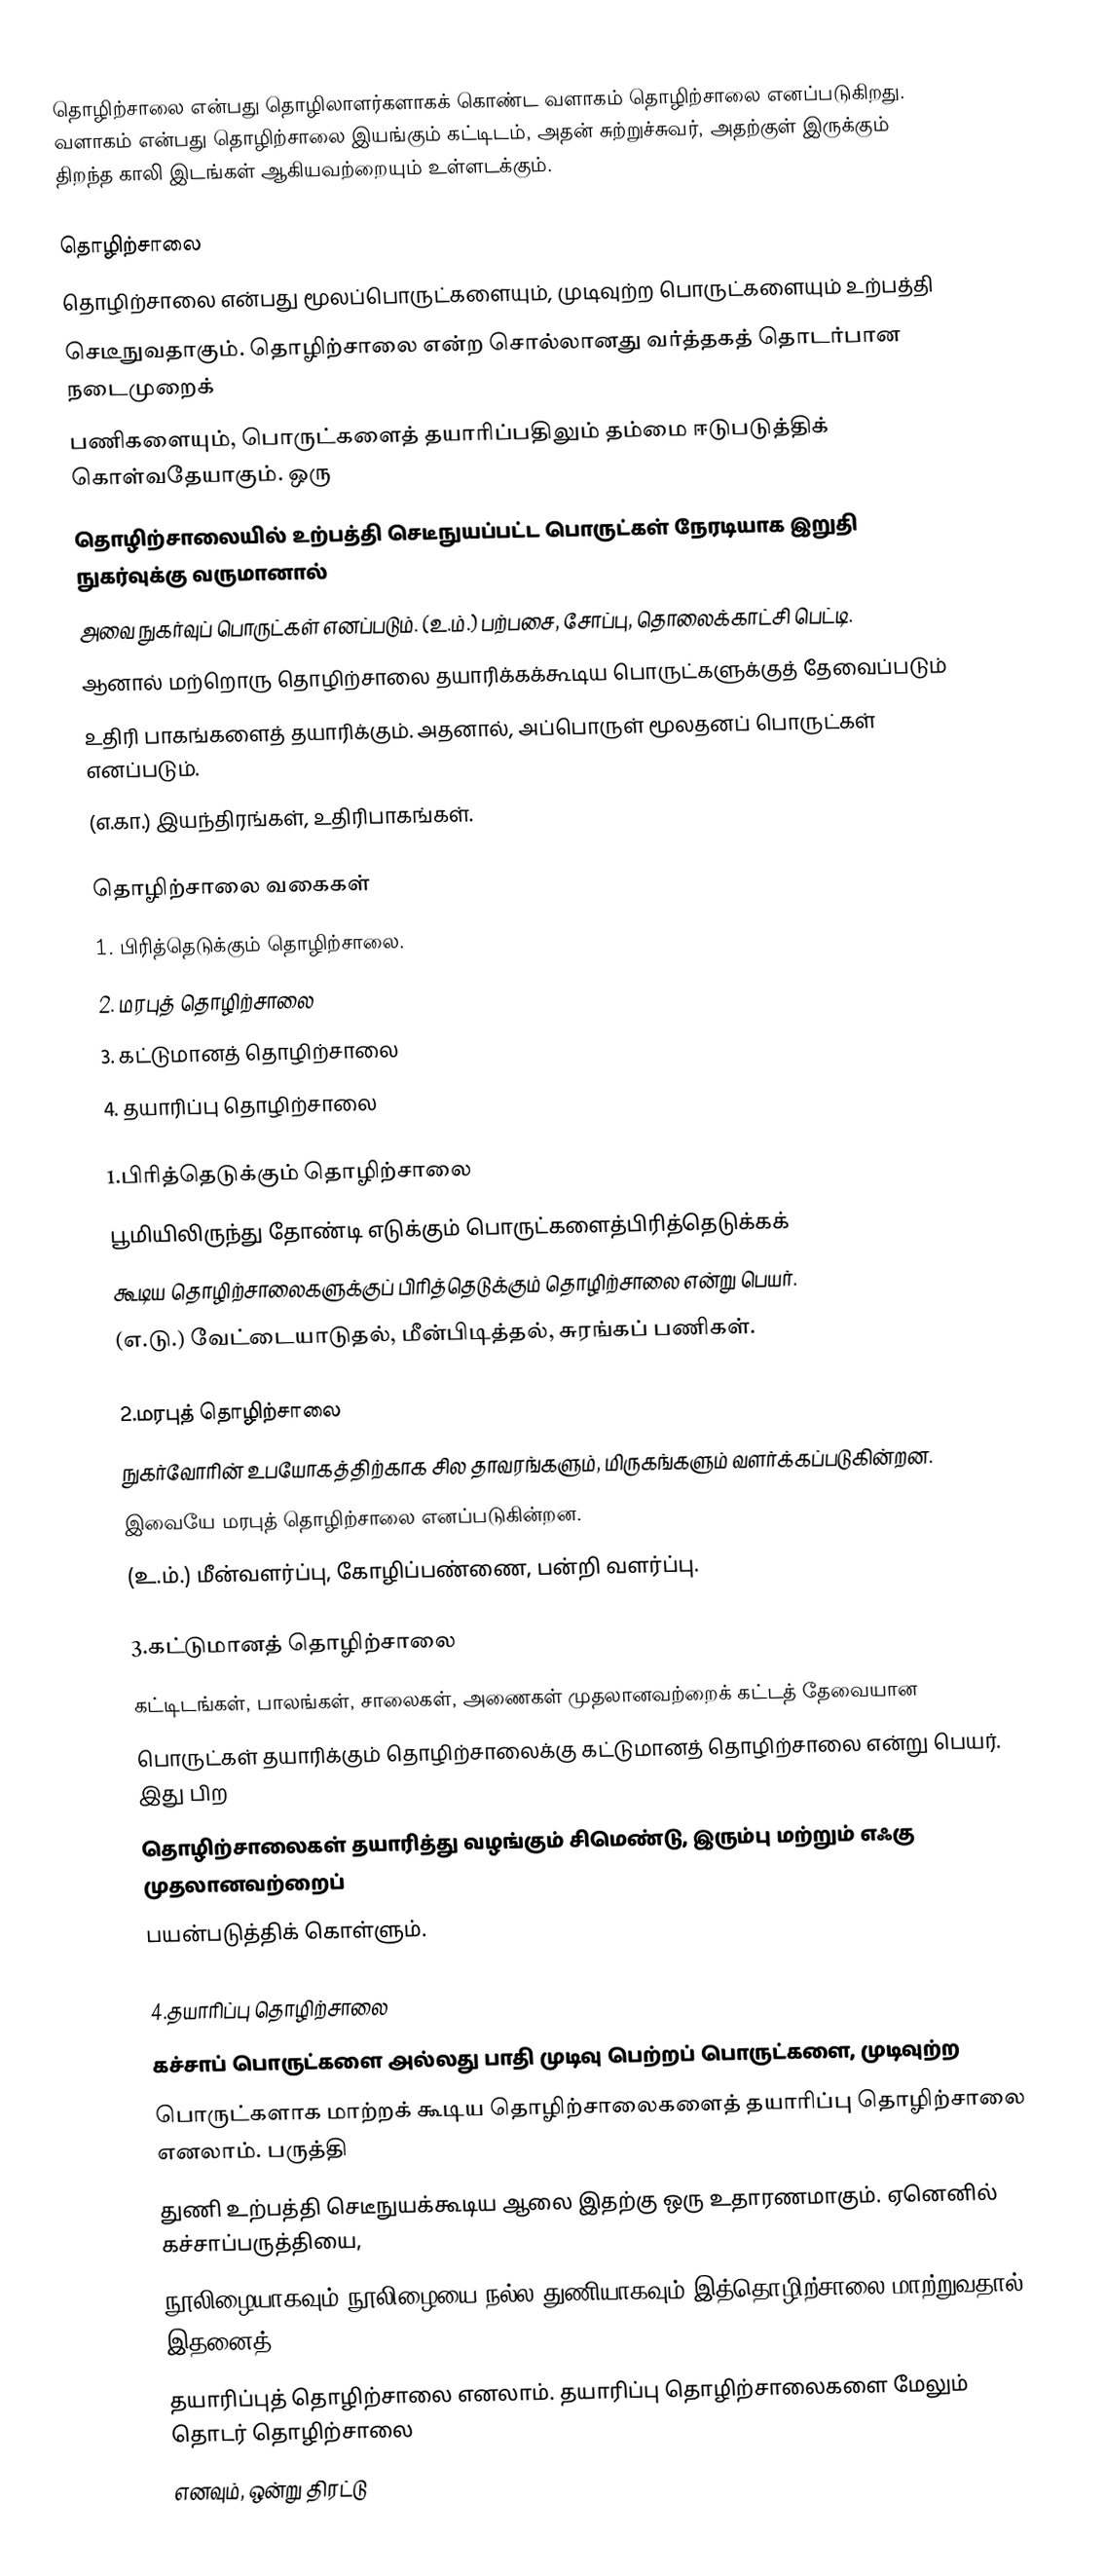
தொழிற்சாலை என்பது தொழிலாளர்களாகக் கொண்ட வளாகம் தொழிற்சாலை எனப்படுகிறது. வளாகம் என்பது தொழிற்சாலை இயங்கும் கட்டிடம், அதன் சுற்றுச்சுவர், அதற்குள் இருக்கும் திறந்த காலி இடங்கள் ஆகியவற்றையும் உள்ளடக்கும்.

தொழிற்சாலை
தொழிற்சாலை என்பது மூலப்பொருட்களையும், முடிவுற்ற பொருட்களையும் உற்பத்தி
செடீநுவதாகும். தொழிற்சாலை என்ற சொல்லானது வர்த்தகத் தொடர்பான நடைமுறைக்
பணிகளையும், பொருட்களைத் தயாரிப்பதிலும் தம்மை ஈடுபடுத்திக் கொள்வதேயாகும். ஒரு
தொழிற்சாலையில் உற்பத்தி செடீநுயப்பட்ட பொருட்கள் நேரடியாக இறுதி நுகர்வுக்கு வருமானால்
அவை நுகர்வுப் பொருட்கள் எனப்படும். (உ.ம்.) பற்பசை, சோப்பு, தொலைக்காட்சி பெட்டி.
ஆனால் மற்றொரு தொழிற்சாலை தயாரிக்கக்கூடிய பொருட்களுக்குத் தேவைப்படும்
உதிரி பாகங்களைத் தயாரிக்கும். அதனால், அப்பொருள் மூலதனப் பொருட்கள் எனப்படும்.
(எ.கா.) இயந்திரங்கள், உதிரிபாகங்கள்.

தொழிற்சாலை வகைகள்
1. பிரித்தெடுக்கும் தொழிற்சாலை.
2. மரபுத் தொழிற்சாலை
3. கட்டுமானத் தொழிற்சாலை
4. தயாரிப்பு தொழிற்சாலை

1.பிரித்தெடுக்கும் தொழிற்சாலை
பூமியிலிருந்து தோண்டி எடுக்கும் பொருட்களைத்பிரித்தெடுக்கக்
கூடிய தொழிற்சாலைகளுக்குப் பிரித்தெடுக்கும் தொழிற்சாலை என்று பெயர்.
(எ.டு.) வேட்டையாடுதல், மீன்பிடித்தல், சுரங்கப் பணிகள்.

2.மரபுத் தொழிற்சாலை
நுகர்வோரின் உபயோகத்திற்காக சில தாவரங்களும், மிருகங்களும் வளர்க்கப்படுகின்றன.
இவையே மரபுத் தொழிற்சாலை எனப்படுகின்றன.
(உ.ம்.) மீன்வளர்ப்பு, கோழிப்பண்ணை, பன்றி வளர்ப்பு.

3.கட்டுமானத் தொழிற்சாலை
கட்டிடங்கள், பாலங்கள், சாலைகள், அணைகள் முதலானவற்றைக் கட்டத் தேவையான
பொருட்கள் தயாரிக்கும் தொழிற்சாலைக்கு கட்டுமானத் தொழிற்சாலை என்று பெயர். இது பிற
தொழிற்சாலைகள் தயாரித்து வழங்கும் சிமெண்டு, இரும்பு மற்றும் எஃகு முதலானவற்றைப்
பயன்படுத்திக் கொள்ளும்.

4.தயாரிப்பு தொழிற்சாலை
கச்சாப் பொருட்களை அல்லது பாதி முடிவு பெற்றப் பொருட்களை, முடிவுற்ற
பொருட்களாக மாற்றக் கூடிய தொழிற்சாலைகளைத் தயாரிப்பு தொழிற்சாலை எனலாம். பருத்தி
துணி உற்பத்தி செடீநுயக்கூடிய ஆலை இதற்கு ஒரு உதாரணமாகும். ஏனெனில் கச்சாப்பருத்தியை,
நூலிழையாகவும் நூலிழையை நல்ல துணியாகவும் இத்தொழிற்சாலை மாற்றுவதால் இதனைத்
தயாரிப்புத் தொழிற்சாலை எனலாம். தயாரிப்பு தொழிற்சாலைகளை மேலும் தொடர் தொழிற்சாலை
எனவும், ஒன்று திரட்டு